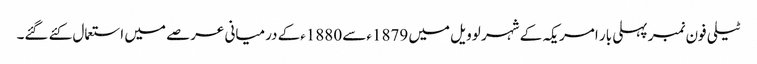
ٹیلی فون نمبر پہلی بار امریکہ کے شہر لوویل میں 1879ءسے 1880ءکے درمیانی عرصے میں استعمال کئے گئے۔